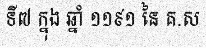
ទី៧ ក្នុង ឆ្នាំ ១១៩១ នៃ គ.ស